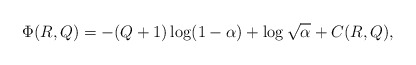
\begin{align*}\Phi(R,Q)=-(Q+1)\log(1-\alpha)+\log\sqrt\alpha+C(R,Q),\end{align*}